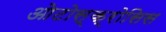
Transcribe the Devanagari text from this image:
ओटोस्क्रोसिस